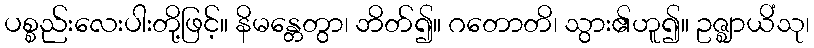
ပစ္စည်းလေးပါးတို့ဖြင့်။ နိမန္တေတွာ၊ ဘိတ်၍။ ဂတောတိ၊ သွား၏ဟူ၍။ ဥဇ္ဈာယိံသု၊